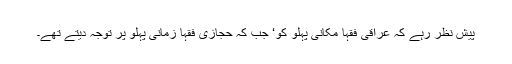
پیش نظر رہے کہ عراقی فقہا مکانی پہلو کو‘ جب کہ حجازی فقہا زمانی پہلو پر توجہ دیتے تھے۔